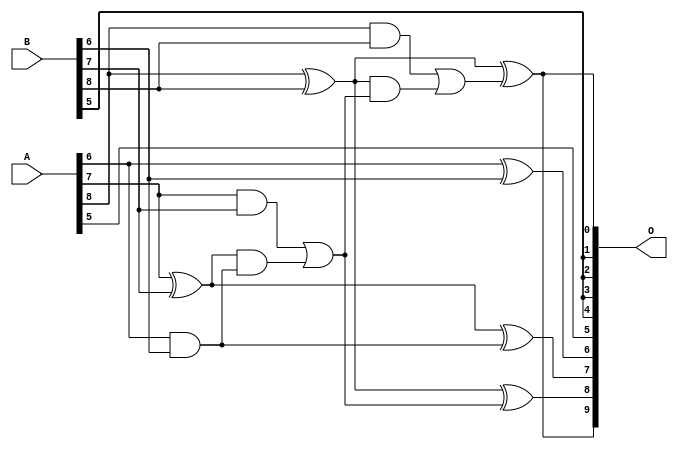
/***
* This code is a part of EvoApproxLib library (ehw.fit.vutbr.cz/approxlib) distributed under The MIT License.
* When used, please cite the following article(s): V. Mrazek, L. Sekanina, Z. Vasicek "Libraries of Approximate Circuits: Automated Design and Application in CNN Accelerators" IEEE Journal on Emerging and Selected Topics in Circuits and Systems, Vol 10, No 4, 2020 
* This file contains a circuit from a sub-set of pareto optimal circuits with respect to the pwr and wce parameters
***/
// MAE% = 6.13 %
// MAE = 31 
// WCE% = 12.50 %
// WCE = 64 
// WCRE% = 3400.00 %
// EP% = 99.92 %
// MRE% = 71.05 %
// MSE = 1160 
// PDK45_PWR = 0.011 mW
// PDK45_AREA = 30.0 um2
// PDK45_DELAY = 0.24 ns

module add9se_07G (
    A,
    B,
    O
);

input [8:0] A;
input [8:0] B;
output [9:0] O;

wire sig_45,sig_46,sig_50,sig_51,sig_52,sig_53,sig_54,sig_55,sig_56,sig_57,sig_58,sig_59,sig_60,sig_61;

assign sig_45 = A[6] ^ B[6];
assign sig_46 = A[6] & B[6];
assign sig_50 = A[7] ^ B[7];
assign sig_51 = A[7] & B[7];
assign sig_52 = sig_50 & sig_46;
assign sig_53 = sig_50 ^ sig_46;
assign sig_54 = sig_51 | sig_52;
assign sig_55 = A[8] ^ B[8];
assign sig_56 = A[8] & B[8];
assign sig_57 = sig_55 & sig_54;
assign sig_58 = sig_55 ^ sig_54;
assign sig_59 = sig_56 | sig_57;
assign sig_60 = A[8] ^ B[8];
assign sig_61 = sig_60 ^ sig_59;

assign O[9] = sig_61;
assign O[8] = sig_58;
assign O[7] = sig_53;
assign O[6] = sig_45;
assign O[5] = A[5];
assign O[4] = B[5];
assign O[3] = B[5];
assign O[2] = B[5];
assign O[1] = B[5];
assign O[0] = sig_61;

endmodule